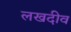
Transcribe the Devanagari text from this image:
लखदीव